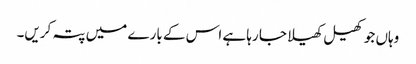
وہاں جو کھیل کھیلا جا رہا ہے اس کے بارے میں پتہ کریں۔